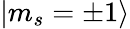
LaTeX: |m_{s}=\pm 1\rangle